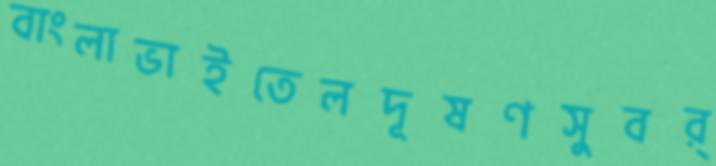
বাংলাভাইতেলদূষণসুবর্